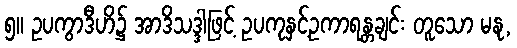
၅။ ဥပကွာဒီဟိ၌ အာဒိသဒ္ဒါဖြင့် ဥပကုနှင့်ဥကာရန္တချင်း တူသော မနု,